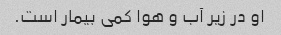
او در زیر آب و هوا کمی بیمار است.